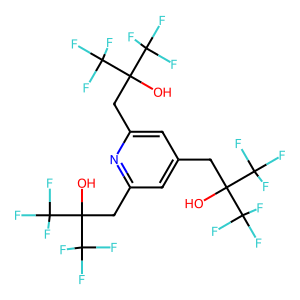
SMILES: OC(Cc1cc(CC(O)(C(F)(F)F)C(F)(F)F)nc(CC(O)(C(F)(F)F)C(F)(F)F)c1)(C(F)(F)F)C(F)(F)F
Inhibits HIV replication: No